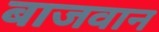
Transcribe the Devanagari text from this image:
बाजवान